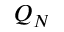
Q _ { N }